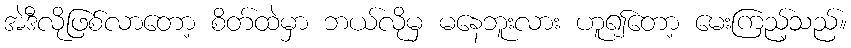
အဲဒီလိုဖြစ်လာတော့ စိတ်ထဲမှာ ဘယ်လိုမှ မနေဘူးလား ဟူ၍တော့ မေးကြည့်သည်။